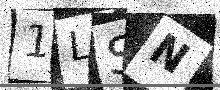
Text: 1LSN